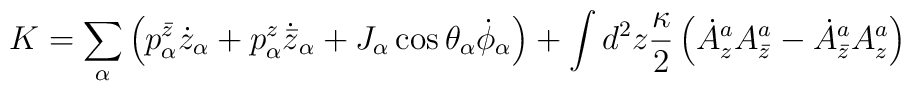
K = \sum_\alpha\left(p^{\bar z}_\alpha \dot z_{\alpha}+p^{z}_\alpha \dot{{\bar z}}_{\alpha}+J_\alpha \cos \theta_\alpha \dot \phi_\alpha\right)+\int d^2 z {\kappa\over 2}\left(\dot A^a_z A^a_{\bar z} -\dot A^a_{\bar z}A^a_{ z}\right)